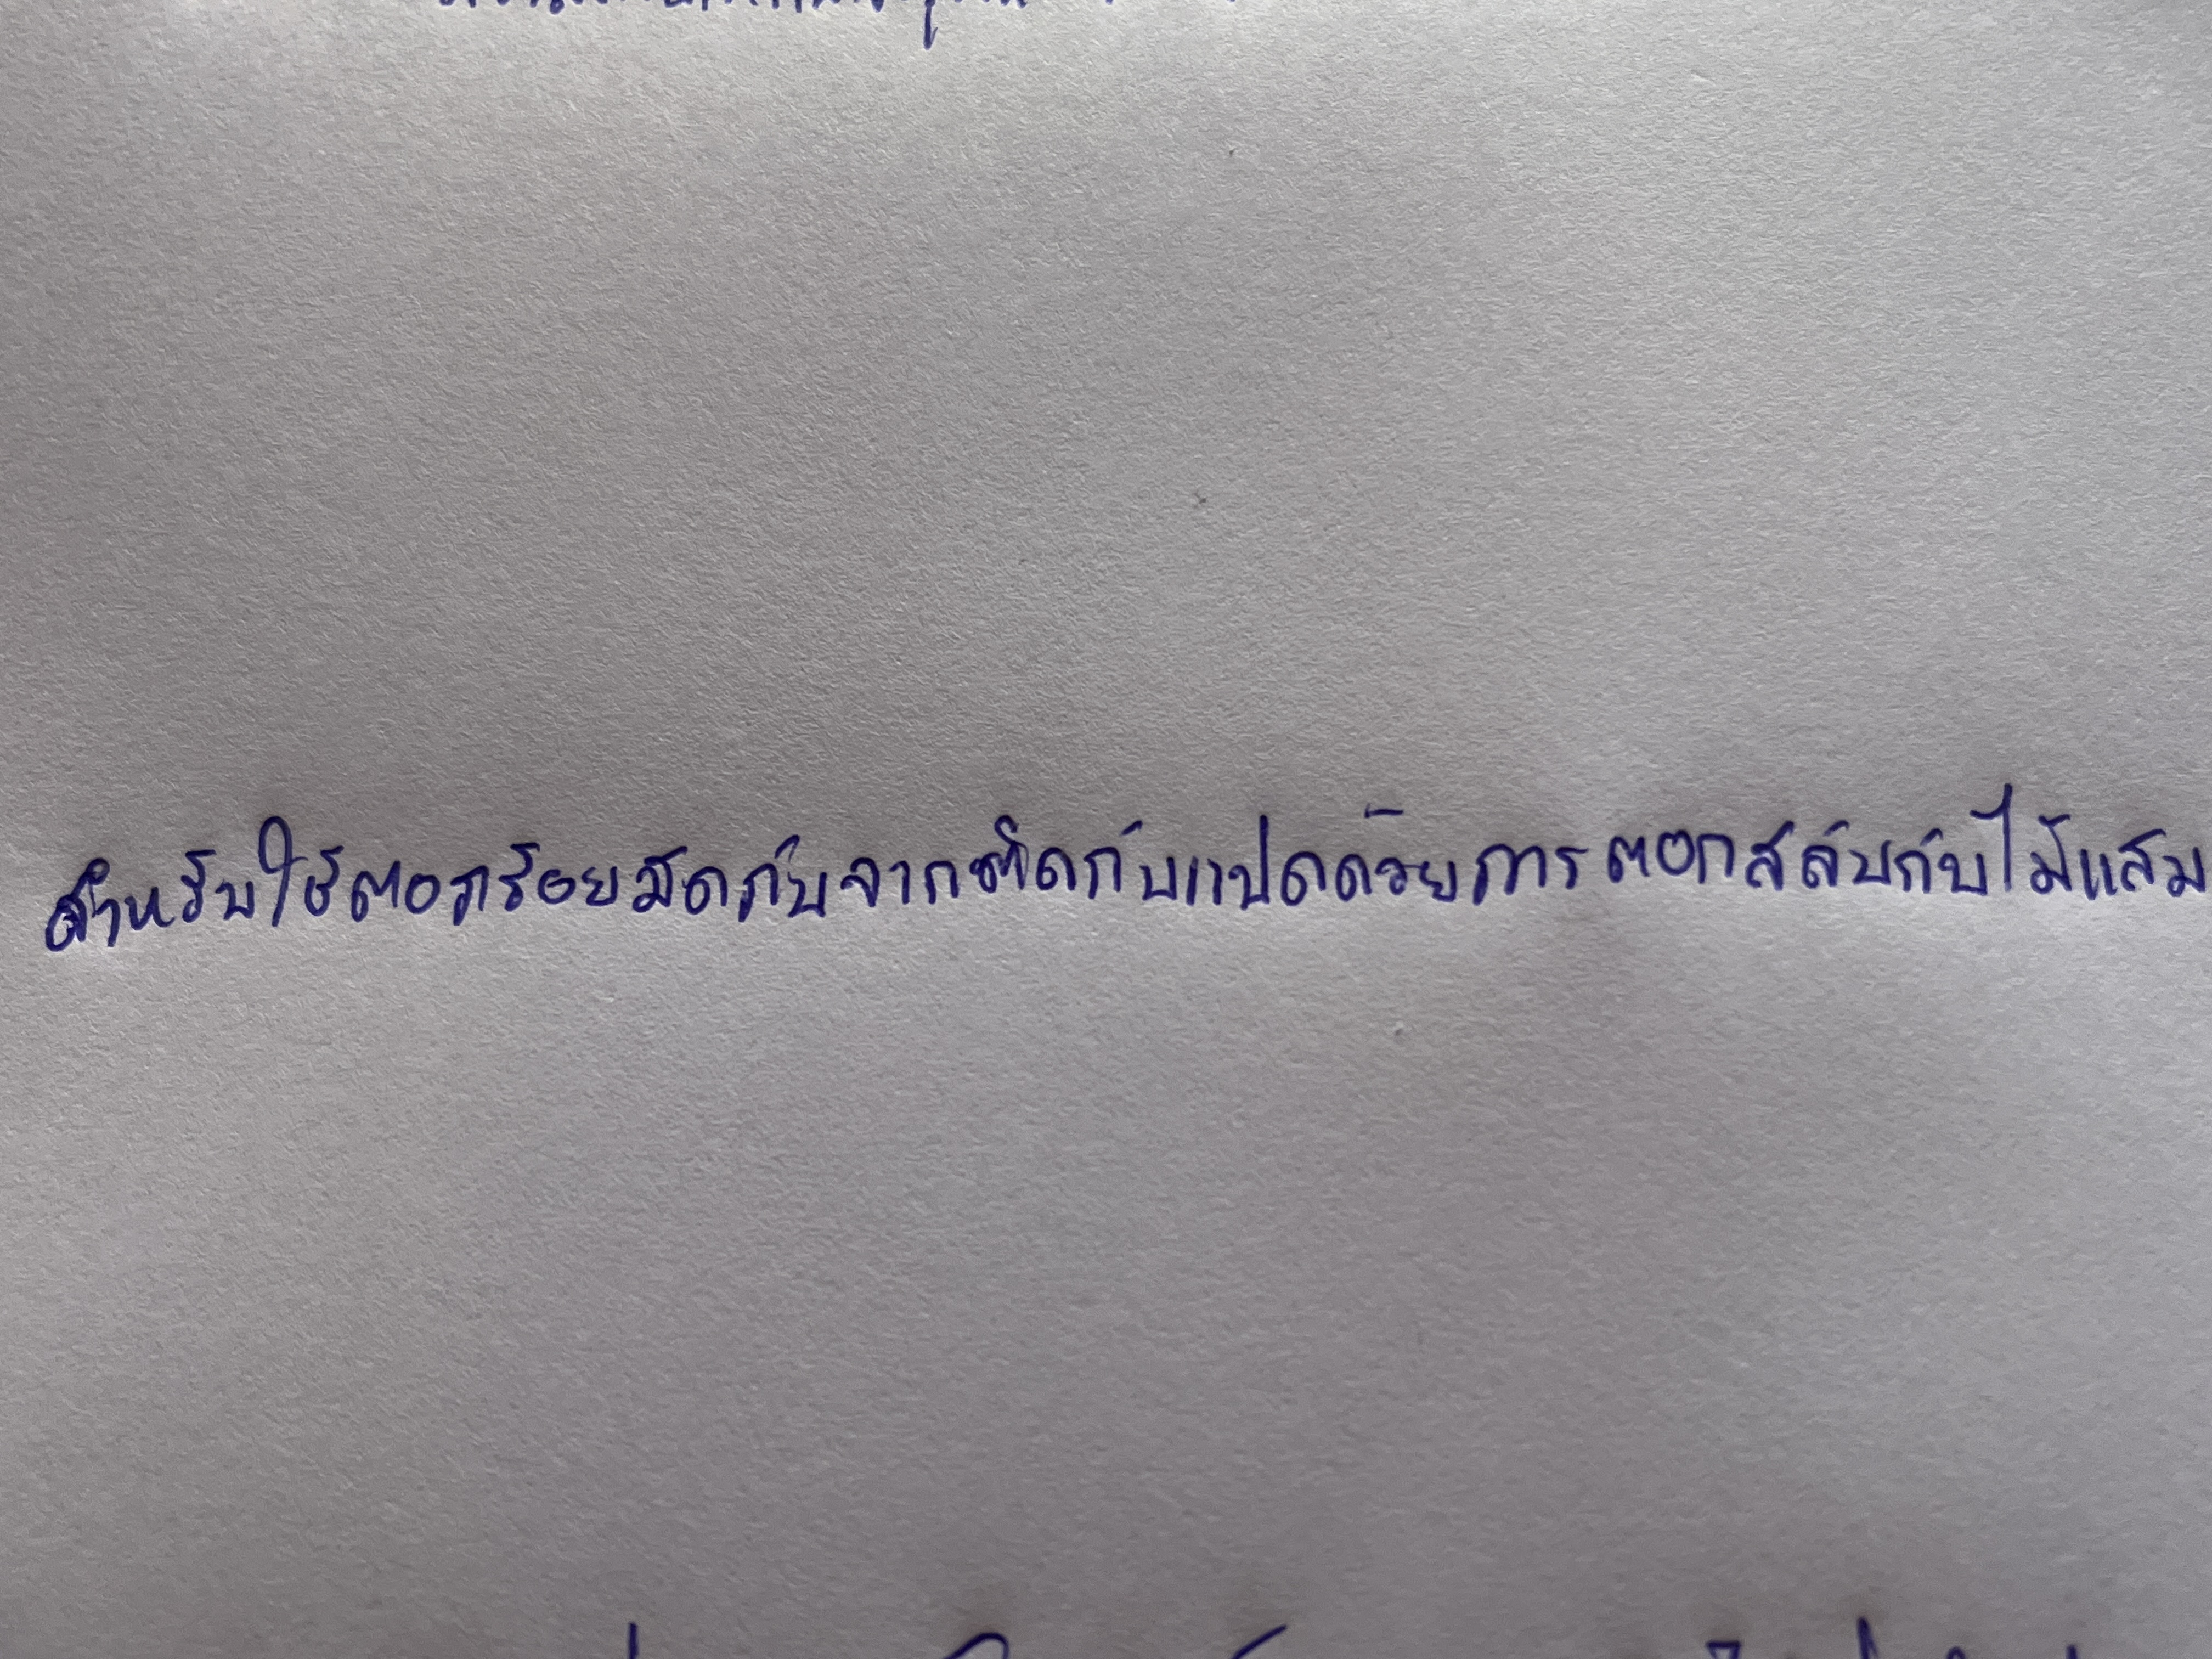
สำหรับใช้ตอกร้อยมัดกับจากติดกับแปดด้วยการตอกสลับกับไม้แสม